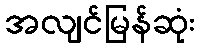
အလျင်မြန်ဆုံး